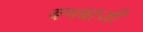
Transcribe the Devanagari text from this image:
बमबाजी